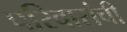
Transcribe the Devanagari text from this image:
परिवारांची